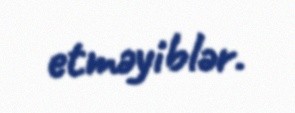
etməyiblər.